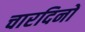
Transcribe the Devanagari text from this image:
चारदिनों